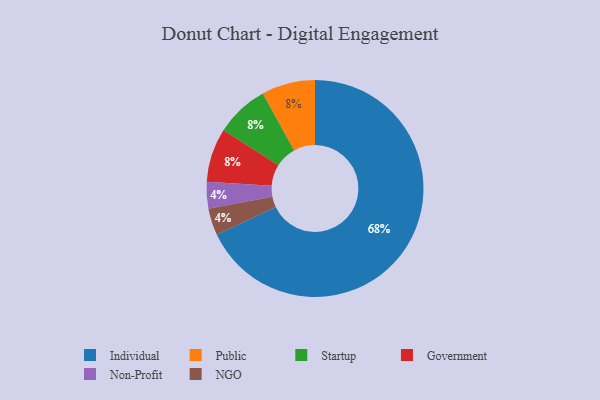
{"axis": {"x": "Category", "y": "Percentage"}, "legend": ["Government", "Individual", "NGO", "Non-Profit", "Public", "Startup"], "data": [{"x": "Individual", "y": 68, "type": "Individual"}, {"x": "Public", "y": 8, "type": "Public"}, {"x": "Non-Profit", "y": 4, "type": "Non-Profit"}, {"x": "Startup", "y": 8, "type": "Startup"}, {"x": "NGO", "y": 4, "type": "NGO"}, {"x": "Government", "y": 8, "type": "Government"}]}